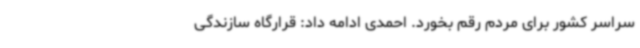
سراسر کشور برای مردم رقم بخورد. احمدی ادامه داد: قرارگاه سازندگی